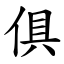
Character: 俱